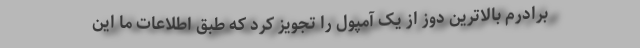
برادرم بالاترین دوز از یک آمپول را تجویز کرد که طبق اطلاعات ما این